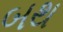
બથ